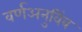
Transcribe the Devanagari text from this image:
वर्णअनुविंब